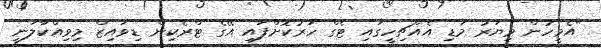
"އެމީހުން މިޔަރު މަޑި އެއްޗިހީގައި ޓެގް ހަރުކޮށްފައި އޭގެ ޓްރެކިން ޑިވައިޒް މިވިއްކާލަނީ